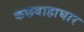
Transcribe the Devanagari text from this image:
कछवाहाघार